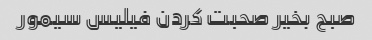
صبح بخیر صحبت کردن فیلیس سیمور